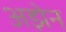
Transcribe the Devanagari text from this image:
अझेन